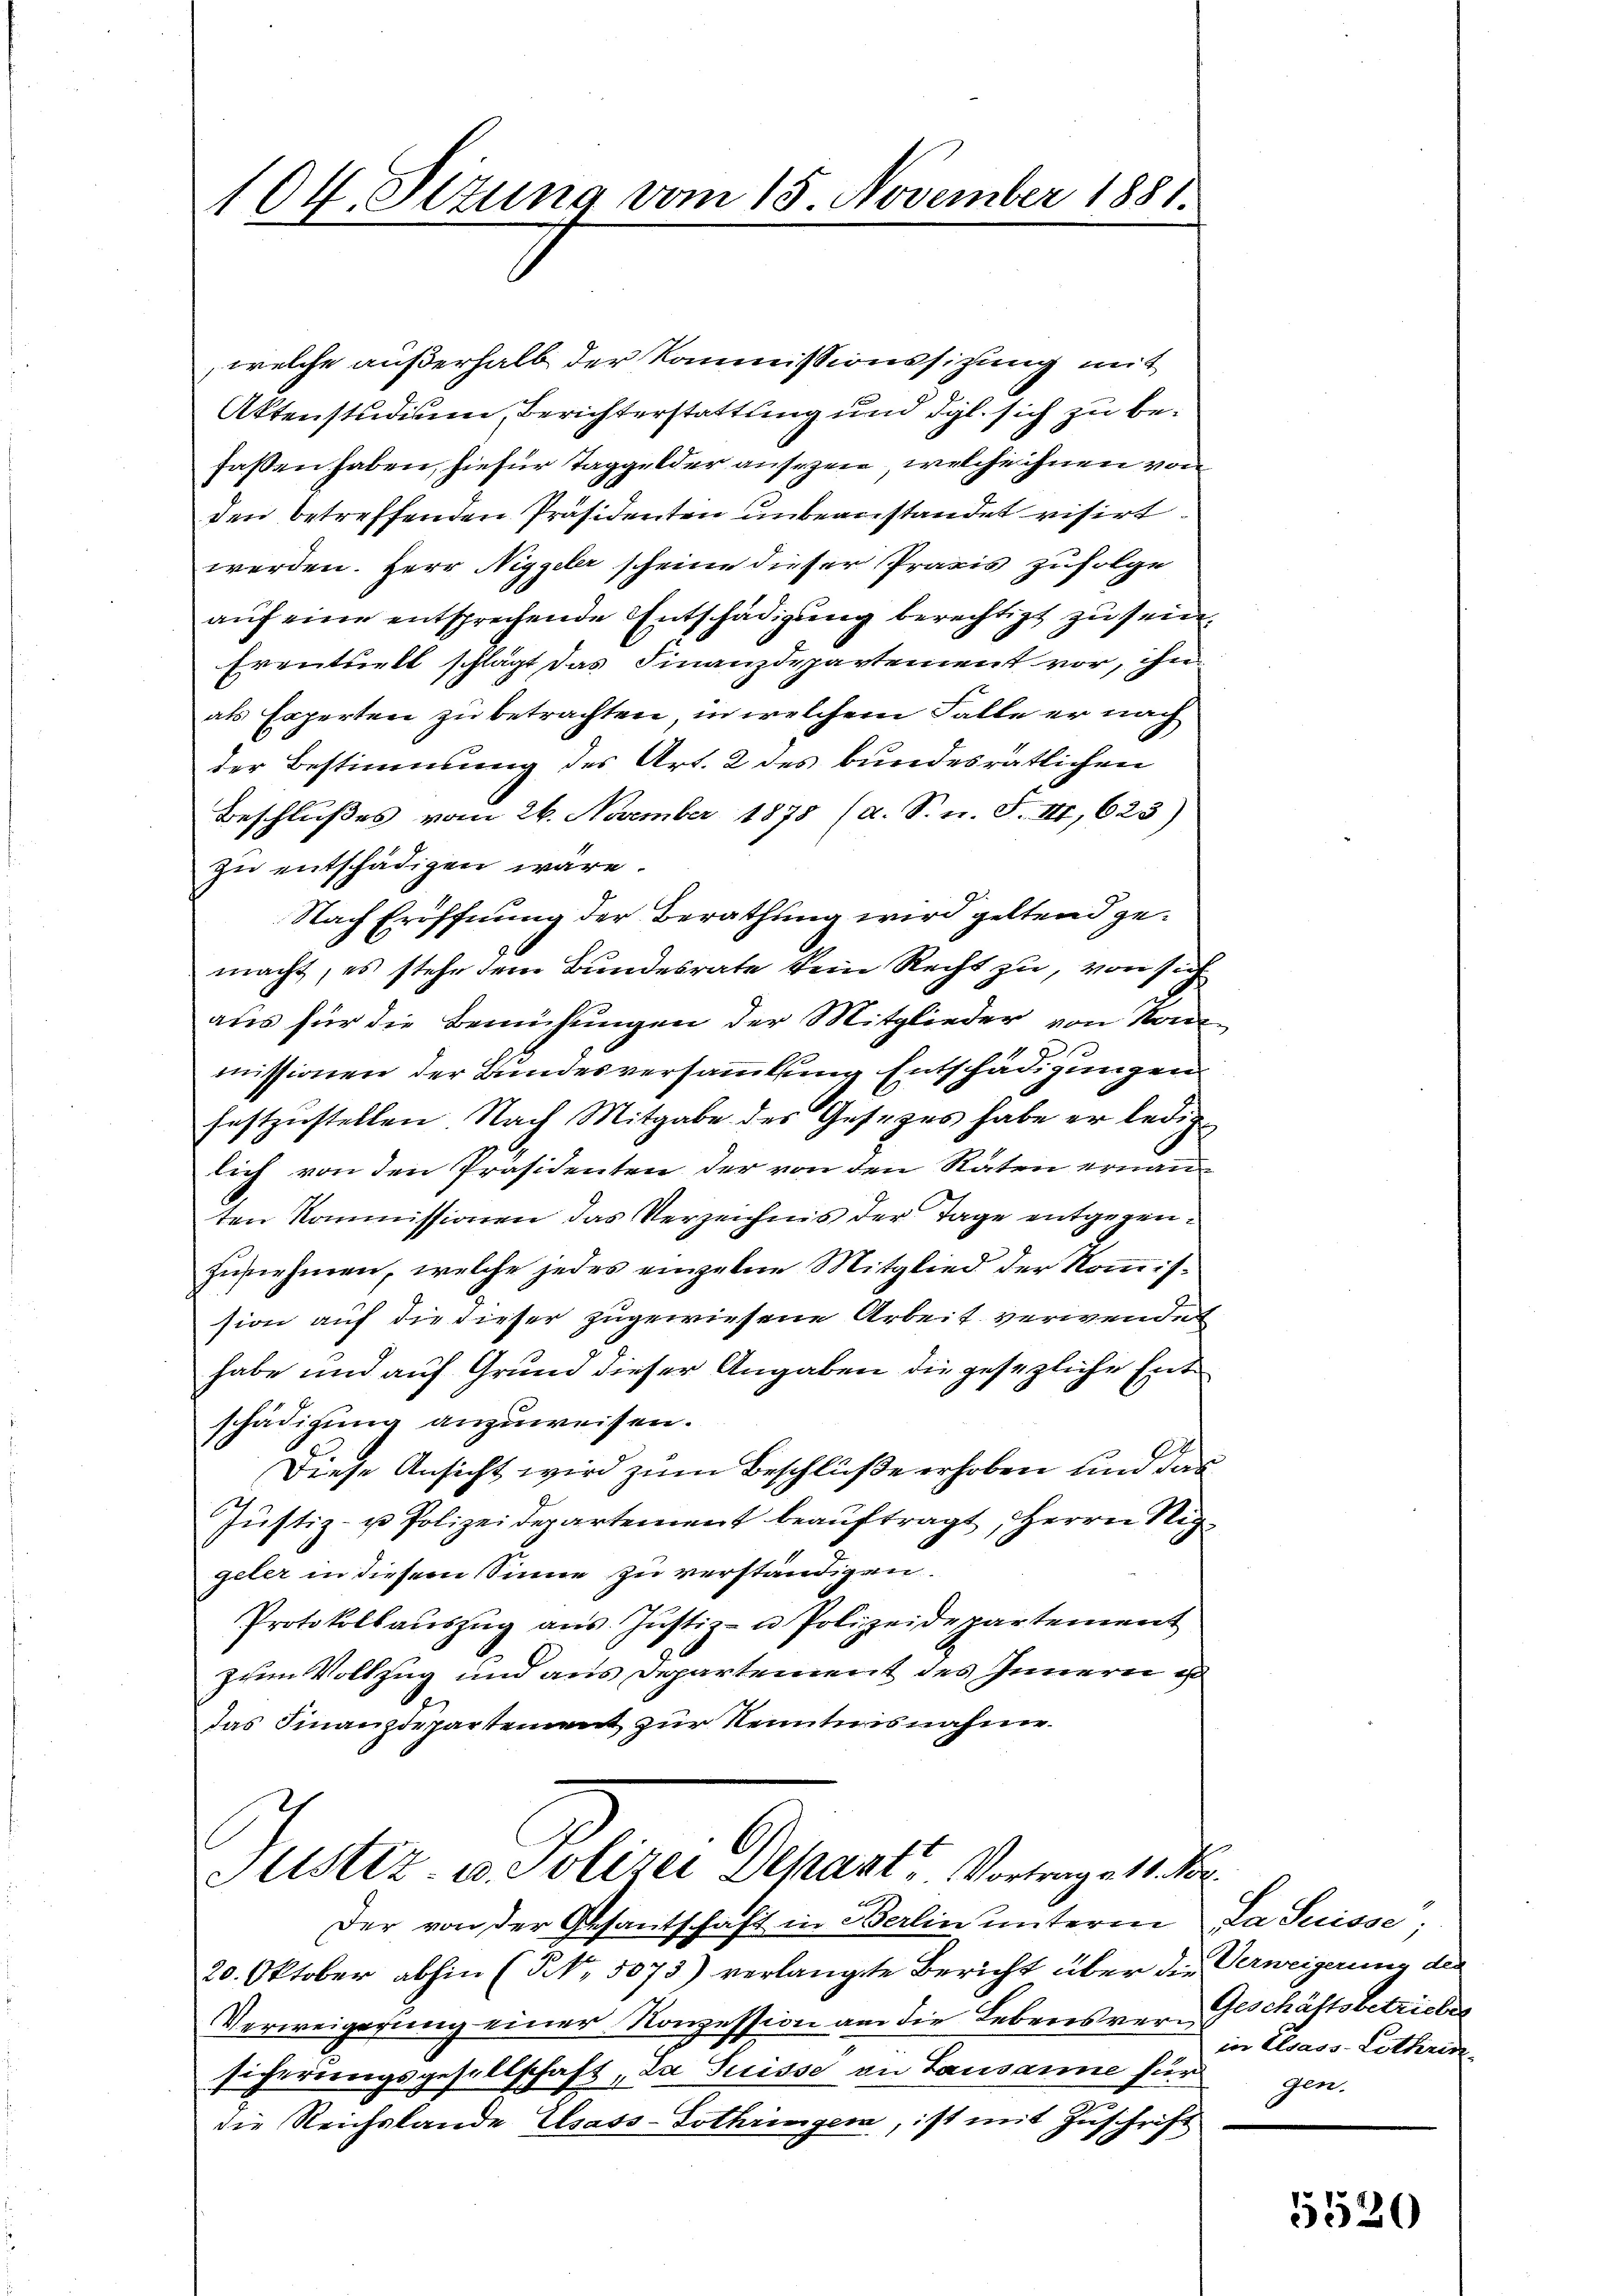
104. Setung vom 15. November 1881.

welche außerhalb der Kommissionssitzung mit
Aktenstudium, Berichterstattung und dgl. sich zu befassen haben, hiefür Taggelder ansehen, welche ihnen von
den betreffenden Präsidenten unbeanstandet visirt.
werden. Herr Niggeler scheine dieser Praxis zufolge
auf eine entsprechende Entschädigung berechtigt zu seine
Eventuell schlägt das Finanzdepartement vor, ihn
als Experten zu betrachten, in welchem Falle er nach
der Bestimmung des Art. 2 des bundesrätlichen
Beschlußes vom 26. November 1875 (a. S. n. F. III, 623)
zu entschädigen wäre.
Nach Eröffnung der Berathung wird geltend gemacht, es stehe dem Bundesrate kein Recht zu, von sich
aus für die Bemühungen der Mitglieder von Kon
missionen der Bundesversammlung Entschädigungen
festzustellen. Nach Mitgabe des Gesezes habe er lediglich von den Präsidenten der von den Räten ernanten Kommissionen das Verzeichnis der Tage entgegenzunehmen, welche jedes einzelne Mitglied der Kommission auf die dieser zugewiesene Arbeit verwendet
habe und auf Grund dieser Angaben die gesezliche Entschädigung anzuweisen.
Diese Ansicht wird zum Beschlüße erhoben und das
Justiz- u Polizeidepartement beauftragt, Herrn Nig
geler in diesem Sinne zu verständigen.
Protokollaŭszŭg aŭs Justiz- u Polizeidepartement
zum Vollzug und aus Departement des Innern e
das Finanzdepartement zur Kenntnisnahme.

Justiz- u. Polizei Depant. Vortrage 11. Vor

Der von der Gesantschaft in Berlin unterm
20. Oktober abhin (NNo. 5073) verlangte Bericht über die Verweigerung des
Verweigesung einer Konzession am die Lebensver- Geschäftsbetriebes
sicherungsgesellschaft, da Suisse an Lausanne fürgen.
die Reichslande Elsass-Lothringen, ist mit Zuschrift

u

Da Suisse,
in Elsass-Lothrin-

5520